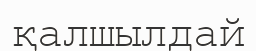
қалшылдай